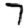
Digit: 7